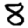
Digit: 8